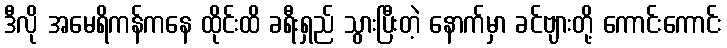
ဒီလို အမေရိကန်ကနေ ထိုင်းထိ ခရီးရှည် သွားပြီးတဲ့ နောက်မှာ ခင်ဗျားတို့ ကောင်းကောင်း